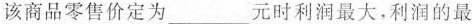
该商品零售价定为___元时利润最大，利润的最